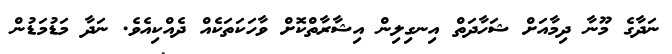
ނަދާގެ މޫނާ ދިމާއަށް ޝަހާދަތް އިނގިލިން އިޝާރާތްކޮށް ވާހަކަތަކެއް ދެއްކިއެވެ. ނަދާ މަޑުމަޑުން